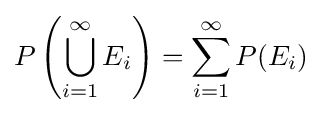
P\left(\bigcup _{i=1}^{\infty }E_{i}\right)=\sum _{i=1}^{\infty }P(E_{i})